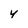
Character: Y